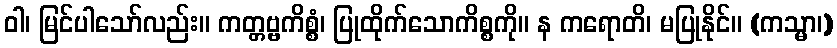
ဝါ၊ မြင်ပါသော်လည်း။ ကတ္တဗ္ဗကိစ္စံ၊ ပြုထိုက်သောကိစ္စကို။ န ကရောတိ၊ မပြုနိုင်။ (ကသ္မာ၊)